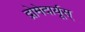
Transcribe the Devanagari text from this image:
द्रोमेदार्यूस्